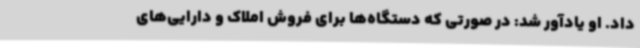
داد. او یادآور شد: در صورتی که دستگاه‌ها برای فروش املاک و دارایی‌های